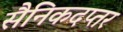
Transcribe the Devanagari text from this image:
सैनिकदप्तर